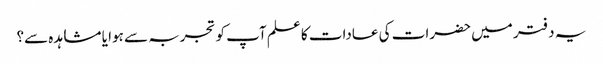
یہ دفتر میں حضرات کی عادات کا علم آپ کو تجربہ سے ہوا یا مشاہدہ سے؟